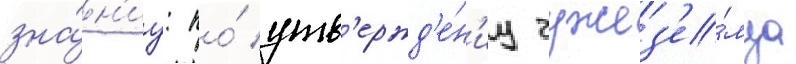
зна́н'иу: по́ утв'ержд'е́н'иу чужез'е́мца